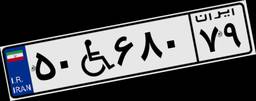
۵۰W۶۸۰۷۹